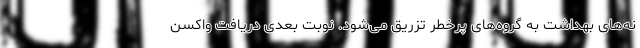
نه‌های بهداشت به گروه‌های پرخطر تزریق می‌شود. نوبت بعدی دریافت واکسن